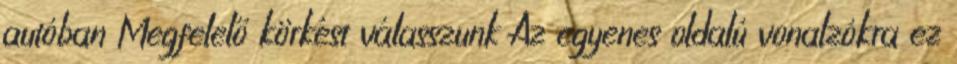
autóban Megfelelő körkést válasszunk Az egyenes oldalú vonalzókra ez